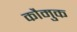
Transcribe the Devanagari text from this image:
कौमुक